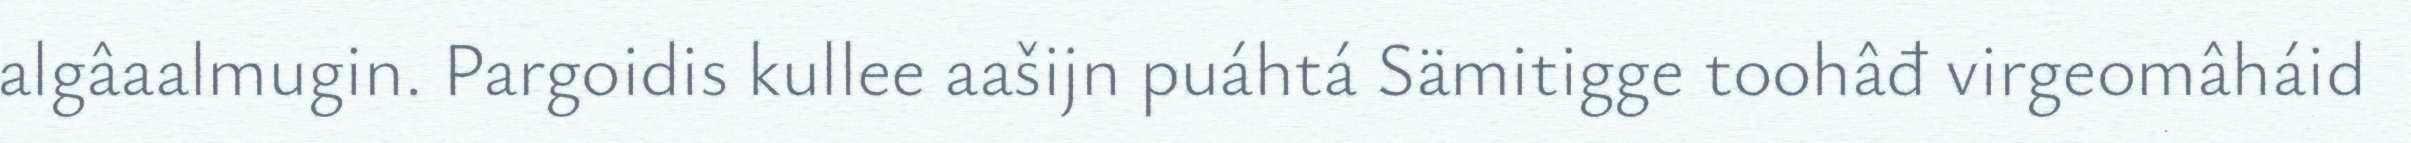
algâaalmugin. Pargoidis kullee aašijn puáhtá Sämitigge toohâđ virgeomâháid